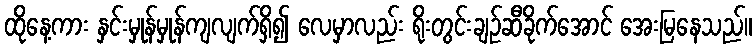
ထိုနေ့ကား နှင်းမှုန်မှုန်ကျလျက်ရှိ၍ လေမှာလည်း ရိုးတွင်းချဉ်ဆီခိုက်အောင် အေးမြနေသည်။